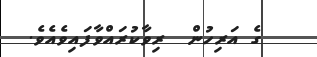
ގެ އަރިހުން  ރިވާކުރައްވާފައިވެއެވެ.